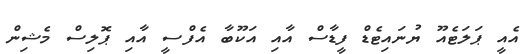
އެއީ ޕަލަޓެއޫ ޔުނައިޓެޑް ފީޑާސް އާއި އަކޫބާ އެފްސީ އާއި ޕޮލިސް މެޝިން